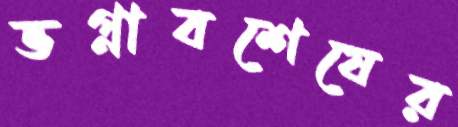
ভগ্নাবশেষের